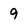
Character: 9